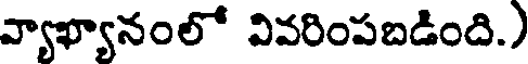
వ్యాఖ్యానంలో వివరింపబడింది.)